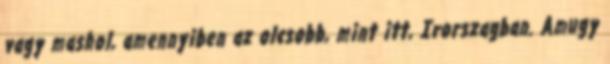
vagy mashol, amennyiben az olcsobb, mint itt, Irorszagban. Amugy